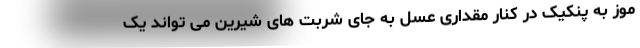
موز به پنکیک در کنار مقداری عسل به جای شربت های شیرین می تواند یک